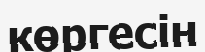
көргесін